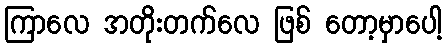
ကြာလေ အတိုးတက်လေ ဖြစ် တော့မှာပေါ့